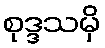
စုဒ္ဒသမှိ